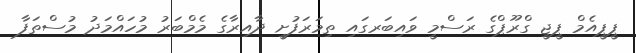
ޕީޕީއެމް ޕީޖީ ގްރޫޕްގެ ރަސްމީ ވައިބަރގައި ތިމަރަފުށީ ދާއިރާގެ މެމްބަރު މުހައްމަދު މުސްތަފާ